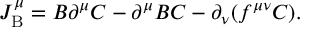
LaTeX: J _ { \mathrm { B } } ^ { \mu } = B \partial ^ { \mu } C - \partial ^ { \mu } B C - \partial _ { \nu } ( f ^ { \mu \nu } C ) .